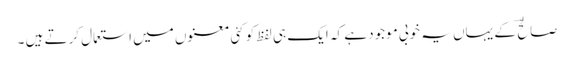
صالح ؔ کے یہاں یہ خوبی موجود ہے کہ ایک ہی لفظ کو کئی معنوں میں استعمال کرتے ہیں ۔